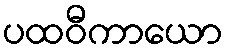
ပထဝီကာယော